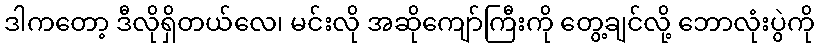
ဒါကတော့ ဒီလိုရှိတယ်လေ၊ မင်းလို အဆိုကျော်ကြီးကို တွေ့ချင်လို့ ဘောလုံးပွဲကို